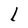
Character: l